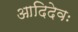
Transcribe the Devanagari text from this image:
आदिदेवः